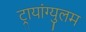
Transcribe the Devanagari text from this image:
ट्रायांग्युलम